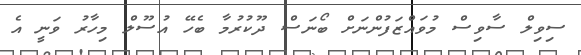
ސިވިލް ސާވިސް މުވައްޒަފުންނަށް ބޯނަސް ދޫކުރުމާ ބެހޭ އުސޫލް މިހާރު ވަނީ އެ